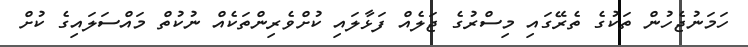
ހަމަނުޖެހުން ތަކުގެ ތެރޭގައި މިސްރުގެ ޖަލެއް ފަޅާލައި ކުށްވެރިންތަކެއް ނުކުތް މައްސަލައިގެ ކުށް